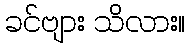
ခင်ဗျား သိလား။